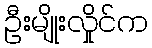
ဦးမျိုးလှိုင်က